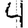
Digit: 4